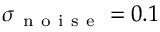
\sigma _ { \mathrm { ~ n ~ o ~ i ~ s ~ e ~ } } = 0 . 1